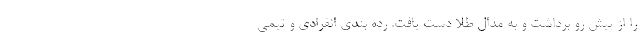
را از پیش رو برداشت و به مدال طلا دست یافت. رده بندی انفرادی و تیمی